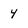
Character: 4